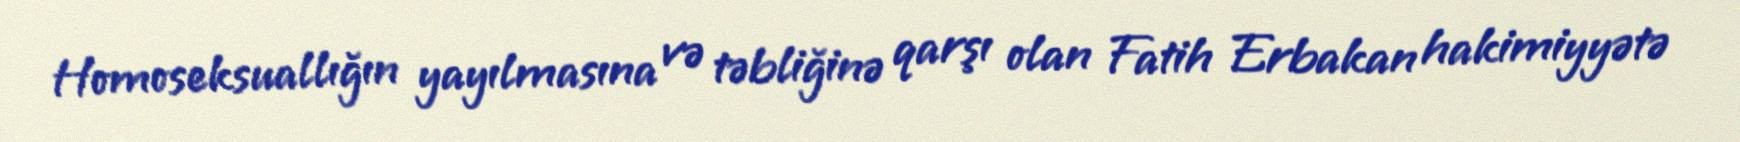
Homoseksuallığın yayılmasına və təbliğinə qarşı olan Fatih Erbakan hakimiyyətə